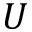
U